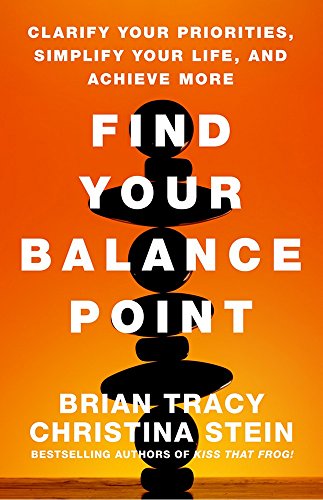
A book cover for Find Your Balance Point: Clarify Your Priorities, Simplify Your Life, and Achieve More; Brian Tracy; Self-Help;